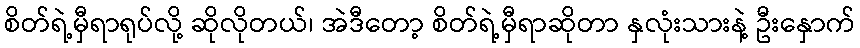
စိတ်ရဲ့မှီရာရုပ်လို့ ဆိုလိုတယ်၊ အဲဒီတော့ စိတ်ရဲ့မှီရာဆိုတာ နှလုံးသားနဲ့ ဦးနှောက်